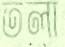
তলা